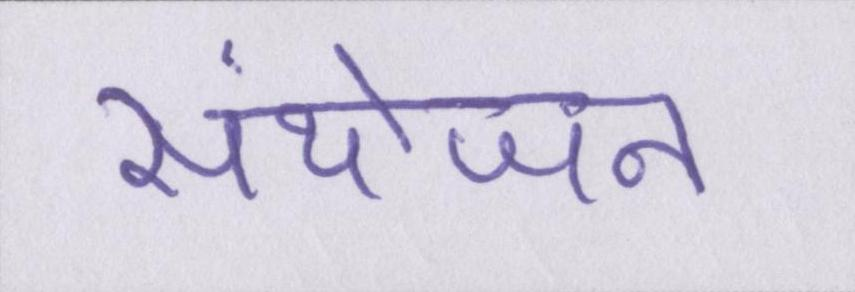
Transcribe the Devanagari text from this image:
संयोजन